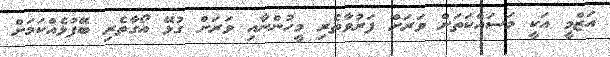
އަޒްމީ އަކީ މަސައްކަތަށް ވަރަށް ފަރުވާތެރި މީހުންނާއި ވަރަށް ގުޅޭ އޯގާތެރި ބޭފުޅެއްކަމަށް